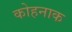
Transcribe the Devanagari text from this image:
कोहनाक